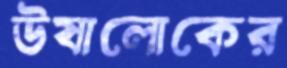
উষালোকের